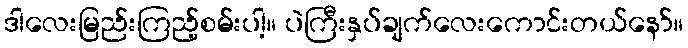
ဒါလေးမြည်းကြည့်စမ်းပါ့။ ပဲကြီးနှပ်ချက်လေးကောင်းတယ်နော်။